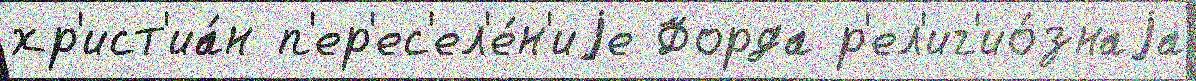
хр'ист'иа́н п'ер'ес'ел'е́н'иjе Форда р'ел'иг'ио́знаjа